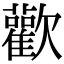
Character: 歡